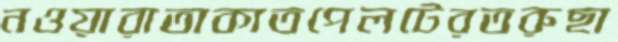
নওয়ারাতাকাতপেলটেরতরুছা